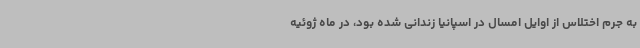
به جرم اختلاس از اوایل امسال در اسپانیا زندانی شده بود، در ماه ژوئیه